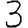
Digit: 3